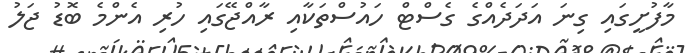
މާފުށީގައި ގިނަ އަދަދެއްގެ ގެސްޓް ހައުސްތަކާއި ރާއްޖޭގައި ހުރި އެންމެ ބޮޑު ޖަލު